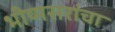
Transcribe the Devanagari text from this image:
भीष्मसरांचा